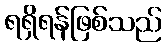
ရရှိရန်ဖြစ်သည်